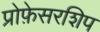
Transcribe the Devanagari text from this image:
प्रोफ़ेसरशिप